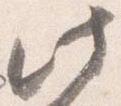
此